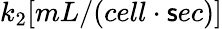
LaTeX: k_{2}[mL/(cell\cdot\mathsf{s}ec)]